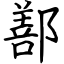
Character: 鄯